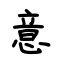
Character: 意